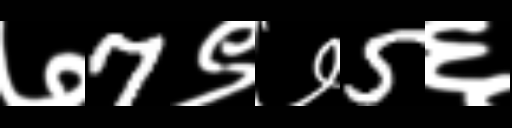
Text: ७7९७5६